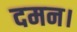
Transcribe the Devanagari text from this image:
दमन।